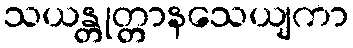
သယန္တုတ္တာနသေယျကာ